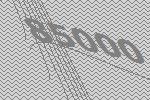
85000